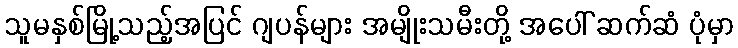
သူမနှစ်မြို့သည့်အပြင် ဂျပန်များ အမျိုးသမီးတို့ အပေါ် ဆက်ဆံ ပုံမှာ